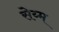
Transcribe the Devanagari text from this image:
सेय्म